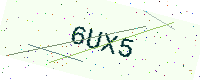
Text: 6UX5